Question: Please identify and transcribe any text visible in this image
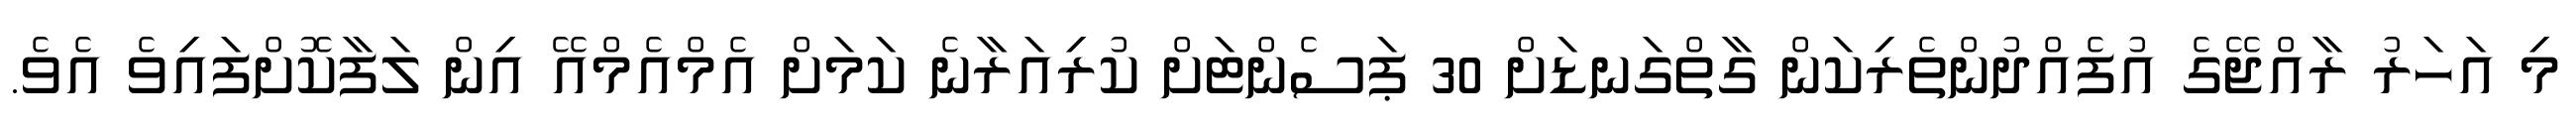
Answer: މި އަހަރު ރާއްޖޭގެ އުފެއްދުންތެރިކަން ގާތްގަނޑަށް 30 ޕަސެންޓަށް ކުރިއަރާނެ ކަމަށް އެމްއެމްއޭ އިން ލަފާކޮށްފައިވެ އެވެ.